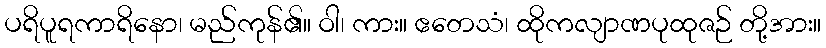
ပရိပူရကာရိနော၊ မည်ကုန်၏။ ဝါ၊ ကား။ ဧတေသံ၊ ထိုကလျာဏပုထုဇဉ် တို့အား။